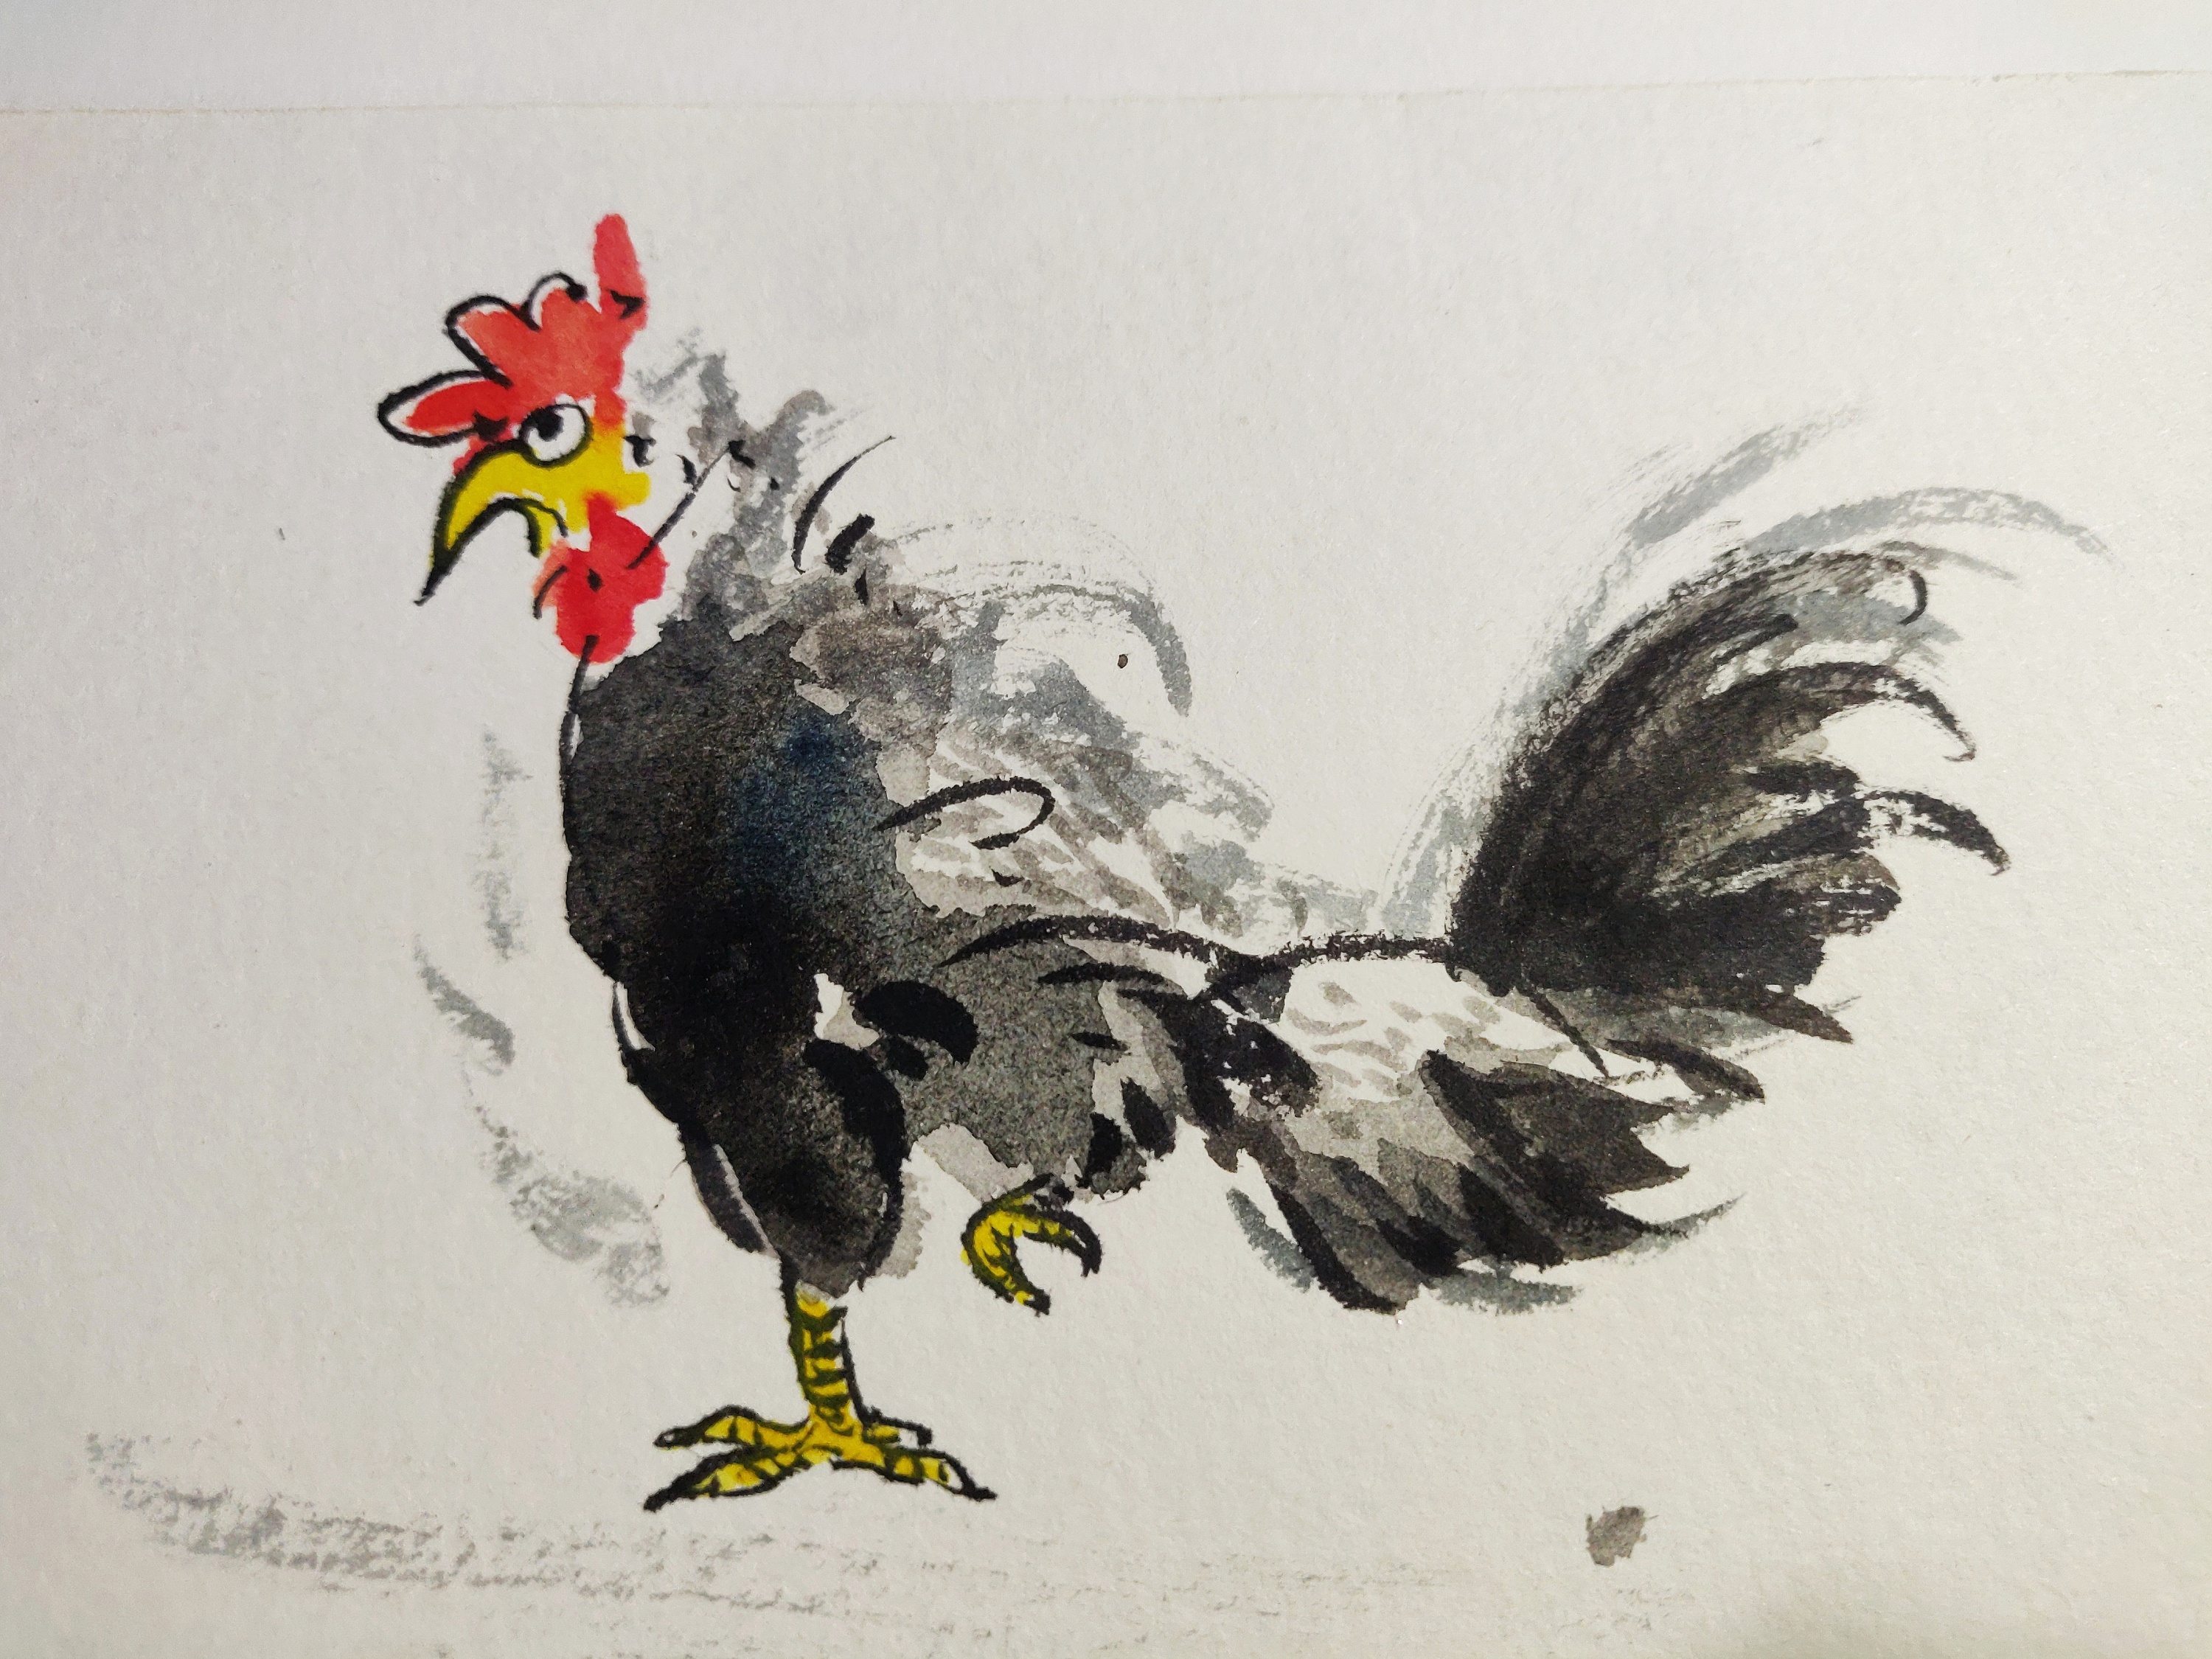
半壁见海日，空中闻天鸡。